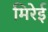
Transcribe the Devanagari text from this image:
मिरेई